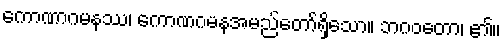
ကောဏာဂမနဿ၊ ကောဏဂမနအမည်တော်ရှိသော။ ဘဂဝတော၊ ၏။